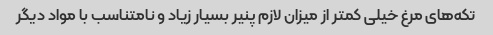
تکه‌های مرغ خیلی کمتر از میزان لازم پنیر بسیار زیاد و نامتناسب با مواد دیگر